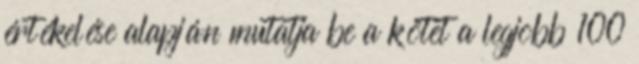
értékelése alapján mutatja be a kötet a legjobb 100